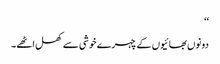
‘‘
دونوں بھائیوں کے چہرے خوشی سے کھل اٹھے۔